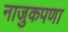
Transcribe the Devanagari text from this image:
नाजुकपणा